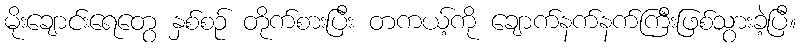
မိုးချောင်းရေတွေ နှစ်စဉ် တိုက်စားပြီး တကယ့်ကို ချောက်နက်နက်ကြီးဖြစ်သွားခဲ့ပြီ။